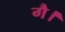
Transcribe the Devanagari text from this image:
गै।